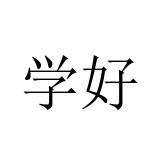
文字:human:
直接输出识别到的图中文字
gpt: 学好